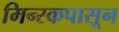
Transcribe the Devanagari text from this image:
मिन्स्कपासून